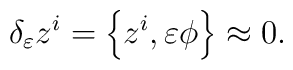
\delta _{\varepsilon }z^{i}=\left\{ z^{i},\varepsilon \phi \right\} \approx0.